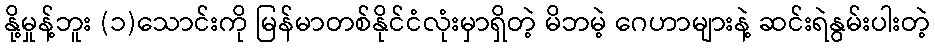
နို့မှုန့်ဘူး (၁)သောင်းကို မြန်မာတစ်နိုင်ငံလုံးမှာရှိတဲ့ မိဘမဲ့ ဂေဟာများနဲ့ ဆင်းရဲနွမ်းပါးတဲ့